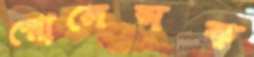
স্মোলেন্সক